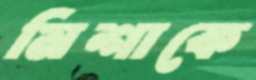
মিশাকে